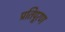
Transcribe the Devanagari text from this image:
प्रतिपूरण